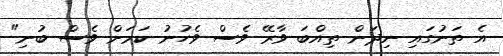
އެ ތަނުގައި ނިދަން ތިއްބަ ވާރޭ ވެސް ވެހުނު ކަމަށް ވެސް ބުނި"